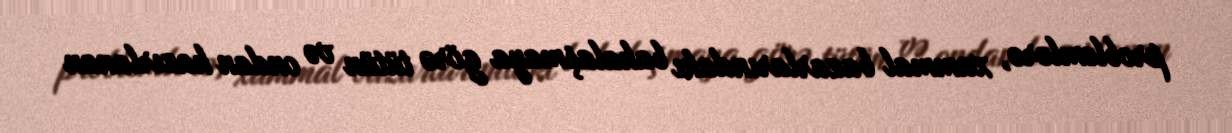
problemlərə, xammal bazarlarındakı bahalaşmaya görə tütün və ondan hazırlanan